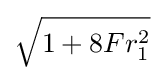
{\sqrt {1+8Fr_{1}^{2}}}